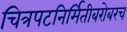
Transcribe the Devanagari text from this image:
चित्रपटनिर्मितीबरोबरच